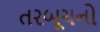
તરબૂચનો